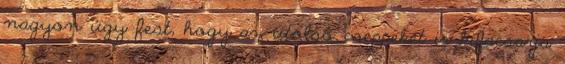
nagyon úgy fest, hogy az utolsó cseppeket is kifacsarja